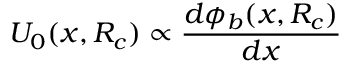
{ \cal U } _ { 0 } ( x , R _ { c } ) \propto \frac { d \phi _ { b } ( x , R _ { c } ) } { d x }